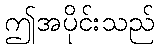
ဤအပိုင်းသည်